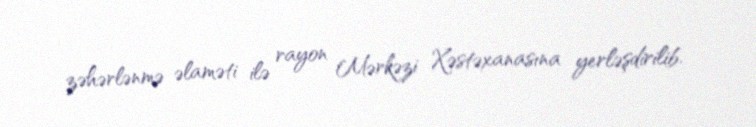
zəhərlənmə əlaməti ilə rayon Mərkəzi Xəstəxanasına yerləşdirilib.